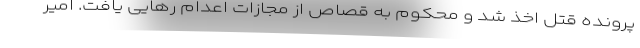
پرونده قتل اخذ شد و محکوم به قصاص از مجازات اعدام رهایی یافت. امیر